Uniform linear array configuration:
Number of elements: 24
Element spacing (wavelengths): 1
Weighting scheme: binomial
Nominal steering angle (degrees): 45
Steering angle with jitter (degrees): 43.25
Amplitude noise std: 0.05
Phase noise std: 0.05

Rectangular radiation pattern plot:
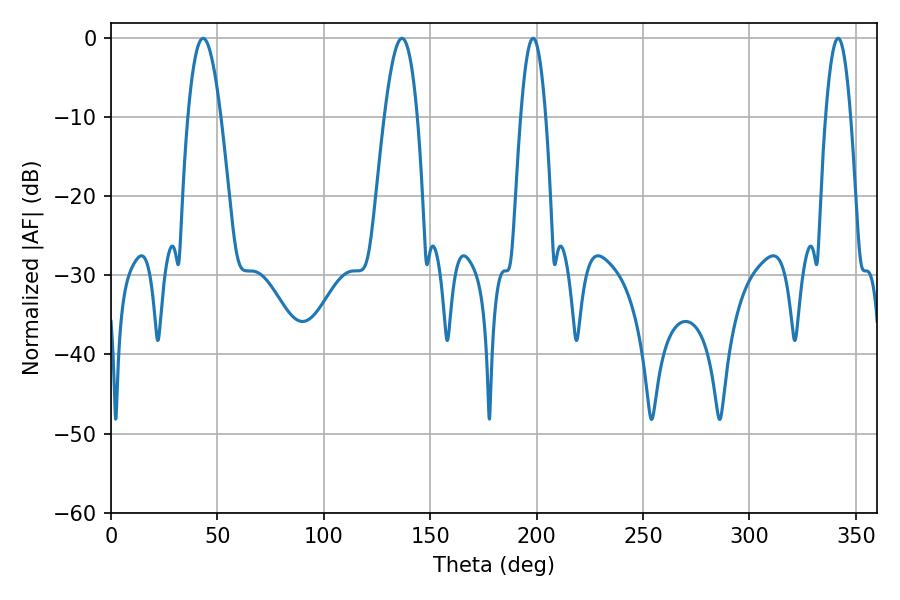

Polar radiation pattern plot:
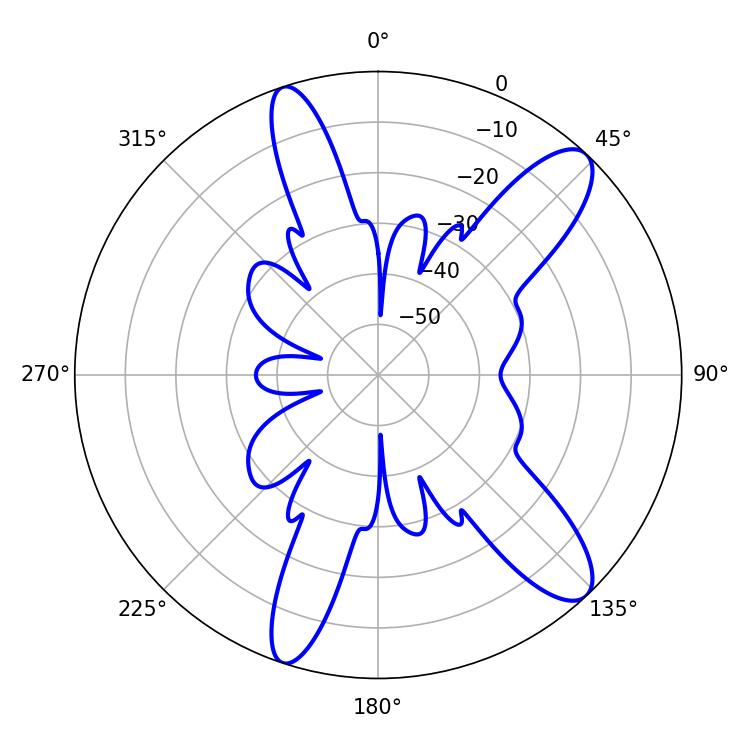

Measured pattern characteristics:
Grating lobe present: TRUE
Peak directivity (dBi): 11.452
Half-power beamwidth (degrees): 6.48
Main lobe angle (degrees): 198.36